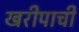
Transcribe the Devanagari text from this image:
खरीपाची